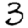
Digit: 3